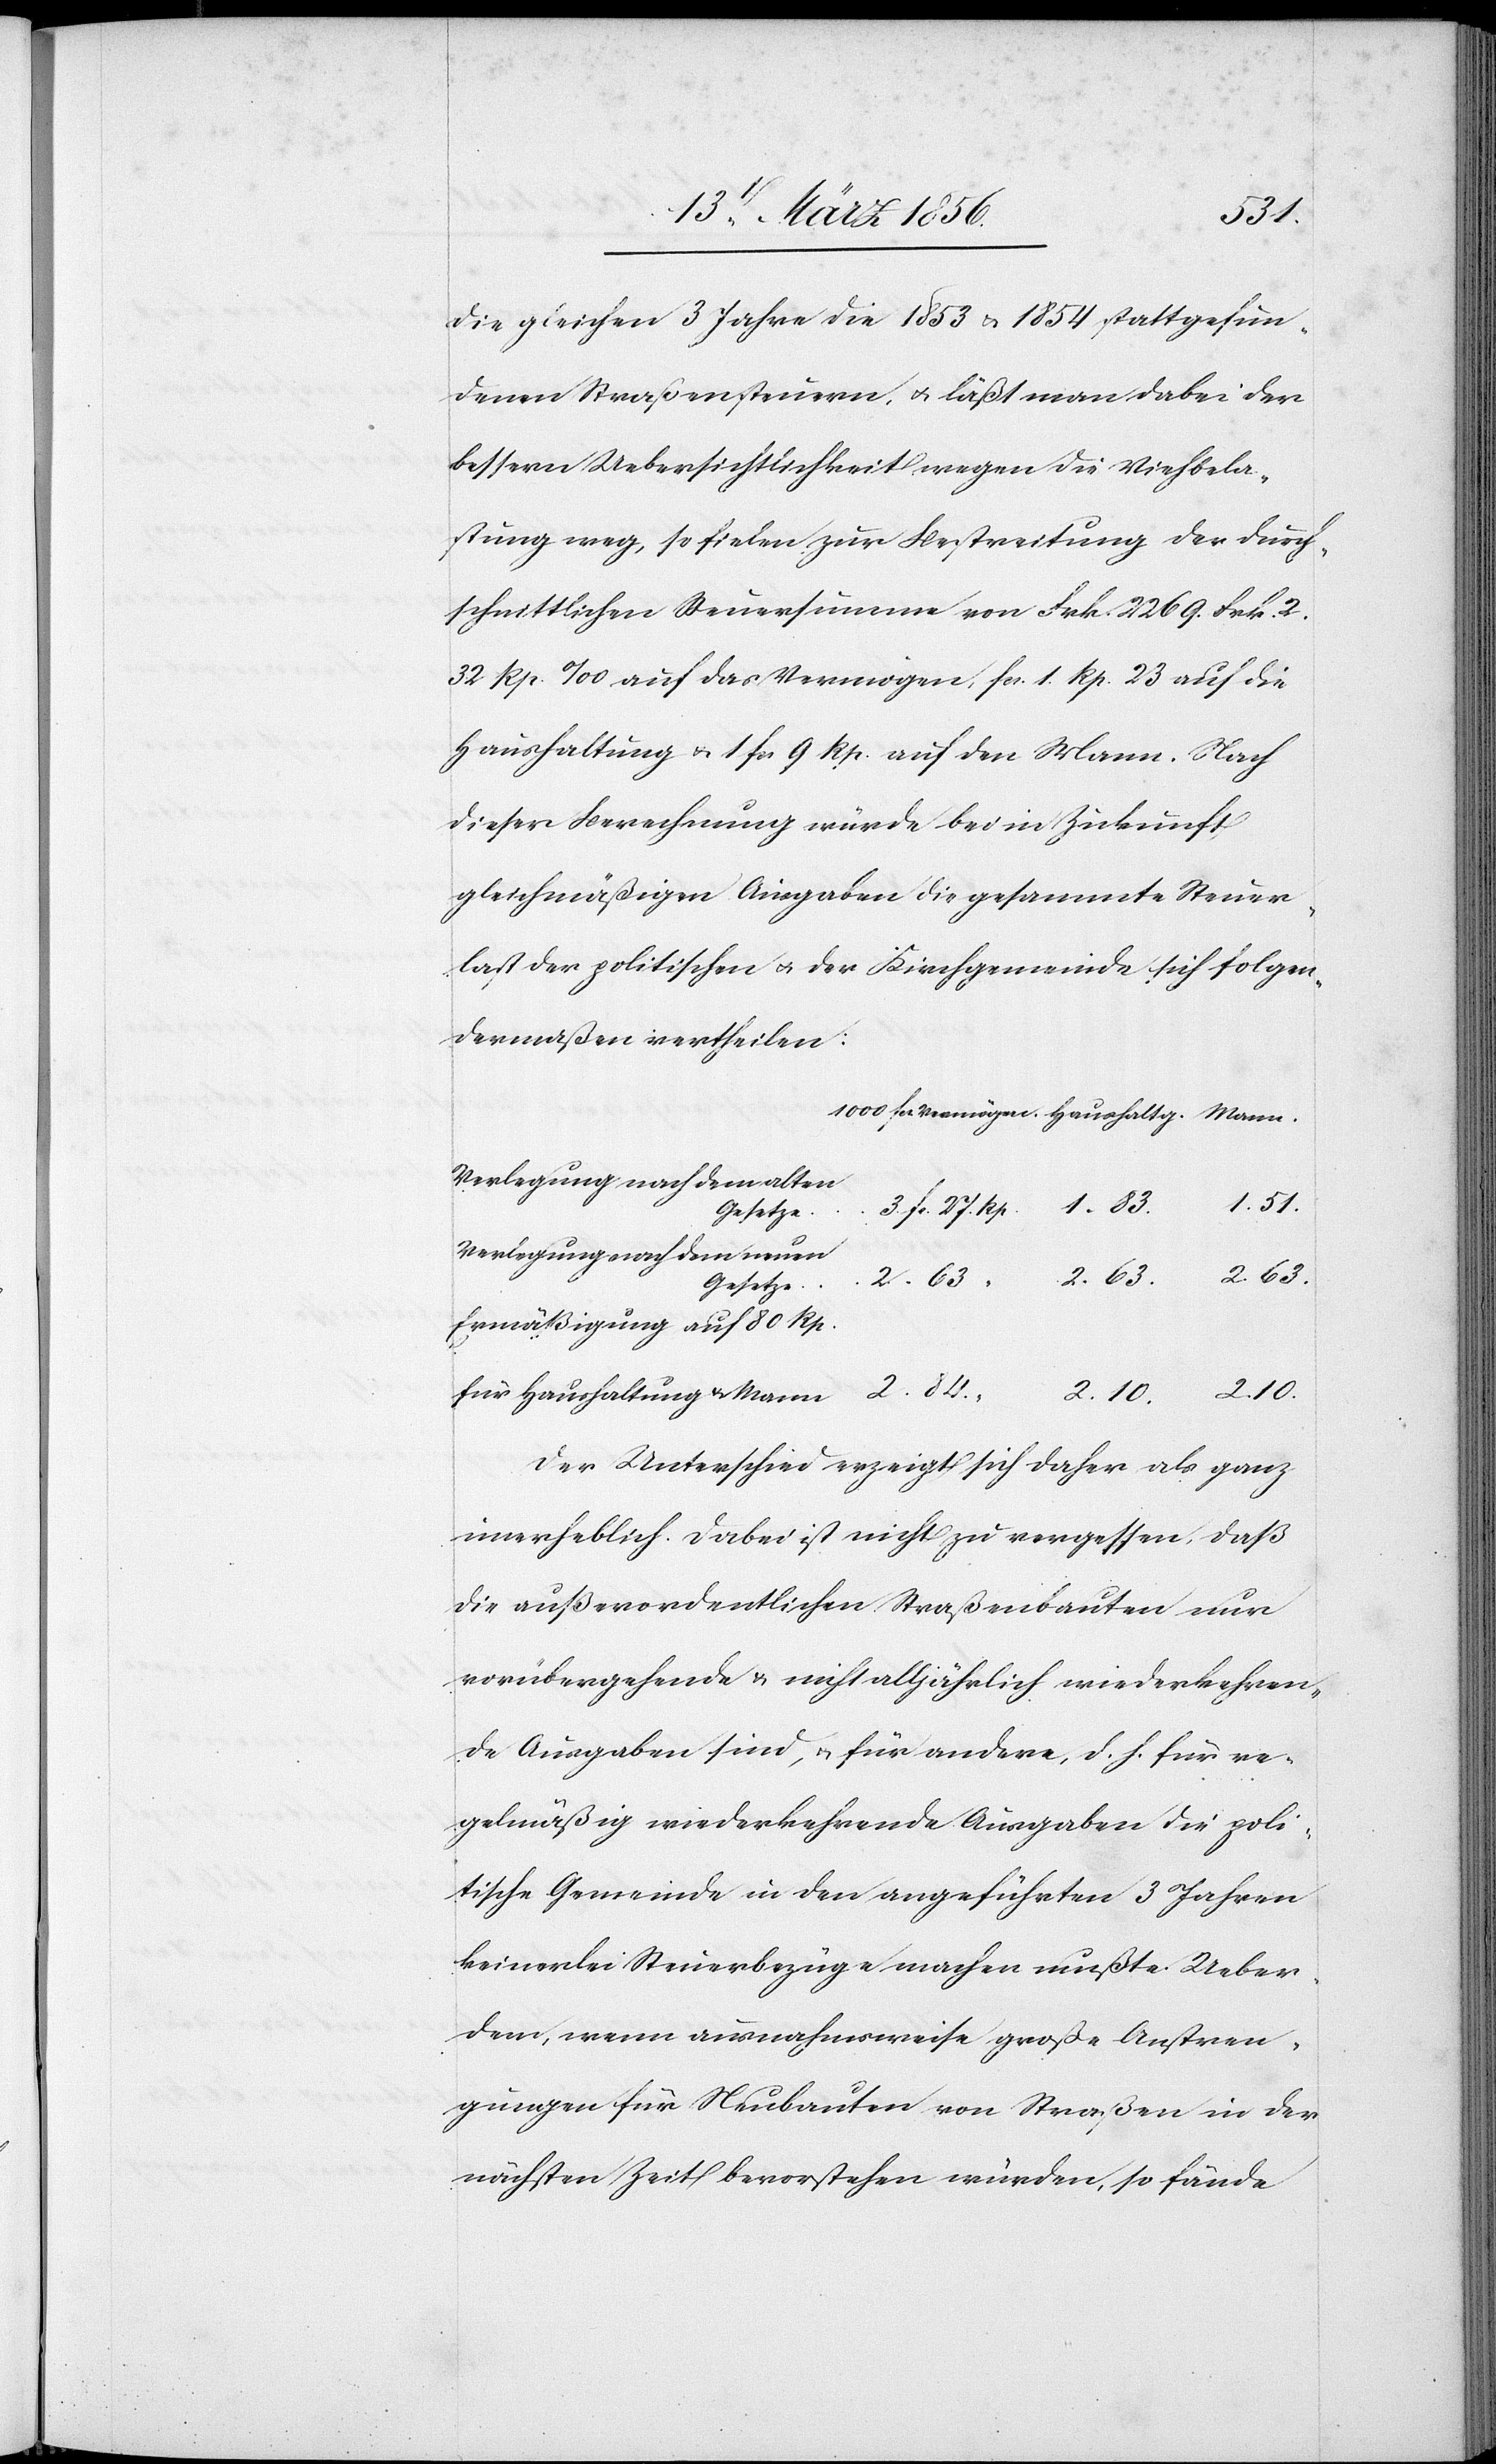
2.
die gleichen 3 Jahre die 1853 & 1854 stattgefun¬
denen Straßensteuern, u. läßt man dabei der
bessern Uebersichtlichkeit wegen die Viehbela¬
stung weg, so fielen zur Bestreitung der durch¬
schnittlichen Steuersumme von Frk. 2269. Frk. 2.
32 Rp. ‰ auf das Vermögen, fcs. 1. Rp. 23 auf die
Haushaltung u. 1 fcs 9 Rp. auf den Mann. Nach
dieser Berechnung würde bei Zukunft
gleichmäßigen Ausgaben die gesammte Steuer¬
last der politischen u. der Kirchgemeinde sich folgen¬
dermaßen vertheilen:
Verlegung nach dem alten
1. 51.
Verlegung nach dem neuen
Ermäßigung auf 80 Rp.
Der Unterschied erzeigt sich daher als ganz
unerheblich. Dabei ist nicht zu vergessen, daß
die außerordentlichen Straßenbauten nur
vorübergehende & nicht alljährlich wiederkehren¬
de Ausgabe sind, u. für andere, d. h. für re¬
gelmäßig wiederkehrende Ausgaben die poli¬
tische Gemeinde in den angeführten 3 Jahren
keinerlei Steuerbezüge machen mußte. Ueber¬
dem, wenn ausnahmsweise große Anstren¬
gungen für Neubauten von Straßen in der
nächsten Zeit bevorstehen würden, so fände